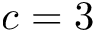
c = 3